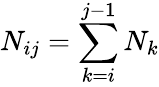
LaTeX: N_{ij}=\sum_{k=i}^{j-1}N_{k}